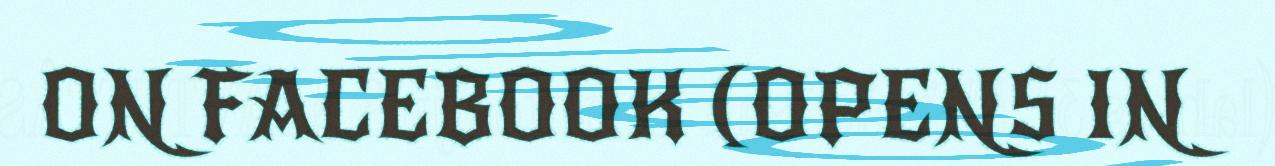
ON FACEBOOK (OPENS IN